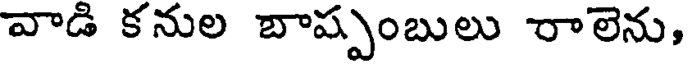
వాడి కనుల బాష్పంబులు రాలెను,